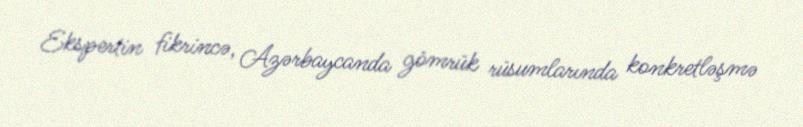
Ekspertin fikrincə, Azərbaycanda gömrük rüsumlarında konkretləşmə